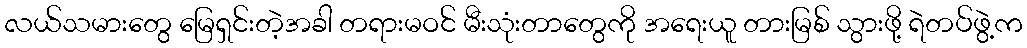
လယ်သမားတွေ မြေရှင်းတဲ့အခါ တရားမဝင် မီးသုံးတာတွေကို အရေးယူ တားမြစ် သွားဖို့ ရဲတပ်ဖွဲ့က